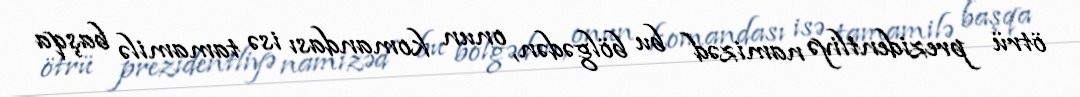
ötrü prezidentliyə namizəd bu bölgədən, onun komandası isə tamamilə başqa